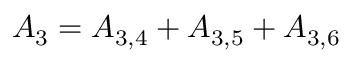
{ A _ { 3 } } = { A _ { 3 , 4 } } + { A _ { 3 , 5 } } + { A _ { 3 , 6 } }